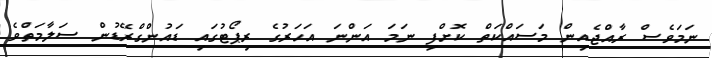
ނަމަވެސް ރާއްޖެއިން މަސައްކަތް ކޮށްފި ނަމަ އަންނަ އަހަރުގެ ރިޕޯޓުގައި ޑައުންގްރޭޑުން ސަލާމަތްވެ